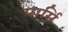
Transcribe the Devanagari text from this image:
पार्सि